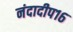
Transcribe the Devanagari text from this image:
नंदादीप१६